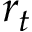
r _ { t }